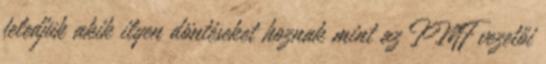
feledjük akik ilyen döntéseket hoznak mint az IMF vezetői